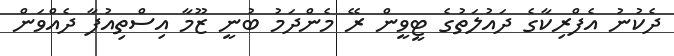
ދެކުނު އެފްރިކާގެ ދައުލަތުގެ ޓީވީން ރޭ މެންދަމު ބުނީ ޒޫމާ އިސްތިއުފާ ދެއްވަން